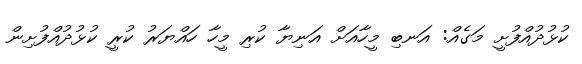
ކުޅުދުއްފުށީ މަގެއް: އަނބި މީހާއަށް އަނިޔާ ކުރި މީހާ ހައްޔަރު ކުރީ ކުޅުދުއްފުށިން